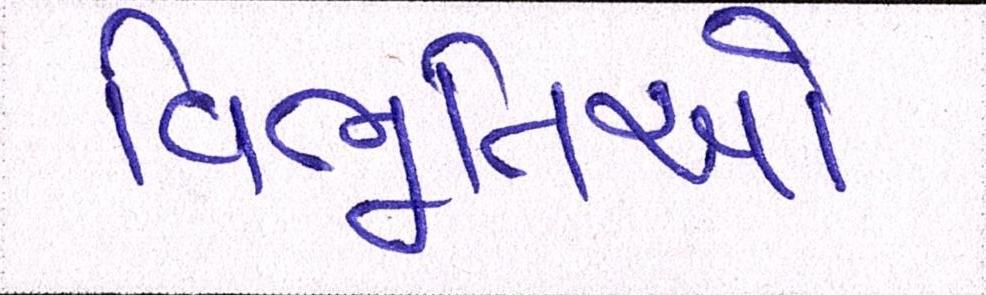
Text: વિભૂતિઓ